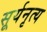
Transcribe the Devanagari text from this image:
सूर्यनृत्य